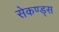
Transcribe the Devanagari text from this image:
सेकण्ड्स